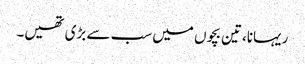
ریہانا، تین بچوں میں سب سے بڑی تھیں۔